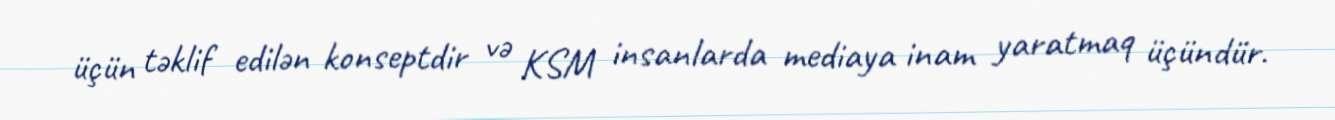
üçün təklif edilən konseptdir və KSM insanlarda mediaya inam yaratmaq üçündür.